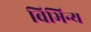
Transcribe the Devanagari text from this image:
विभिन्य